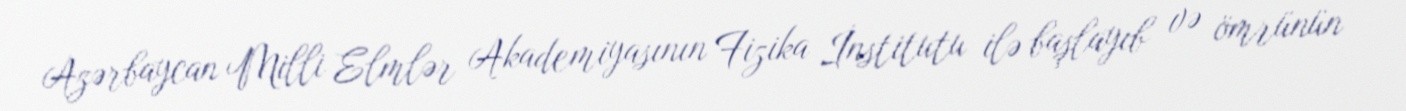
Azərbaycan Milli Elmlər Akademiyasının Fizika İnstitutu ilə başlayıb və ömrünün